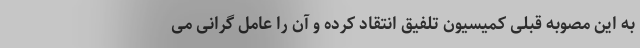
به این مصوبه قبلی کمیسیون تلفیق انتقاد کرده و آن را عامل گرانی می